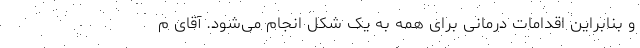
و بنابراین اقدامات درمانی برای همه به یک شکل انجام می‌شود. آقای م